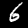
Digit: 6